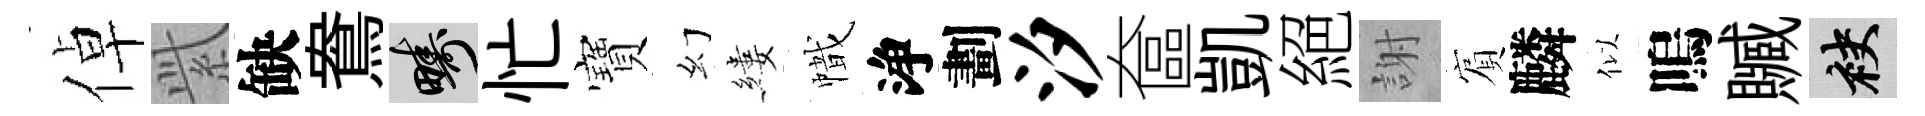
倬𬗋缺鴦疇忙寶幻縷幟浄劃汐奩凱絕謝賔麟似嗚贓袂